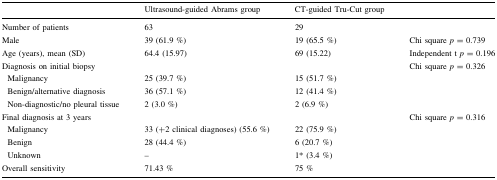
<table><thead><tr><td></td><td><b>Ultrasound-guided Abrams group</b></td><td><b>CT-guided Tru-Cut group</b></td><td></td></tr></thead><tbody><tr><td>Number of patients</td><td>63</td><td>29</td><td></td></tr><tr><td>Male</td><td>39 (61.9 %)</td><td>19 (65.5 %)</td><td>Chi square <i>p</i> = 0.739</td></tr><tr><td>Age (years), mean (SD)</td><td>64.4 (15.97)</td><td>69 (15.22)</td><td>Independent t <i>p</i> = 0.196</td></tr><tr><td colspan="3">Diagnosis on initial biopsy</td><td rowspan="4">Chi square <i>p</i> = 0.326</td></tr><tr><td> Malignancy</td><td>25 (39.7 %)</td><td>15 (51.7 %)</td></tr><tr><td> Benign/alternative diagnosis</td><td>36 (57.1 %)</td><td>12 (41.4 %)</td></tr><tr><td> Non-diagnostic/no pleural tissue</td><td>2 (3.0 %)</td><td>2 (6.9 %)</td></tr><tr><td colspan="3">Final diagnosis at 3 years</td><td rowspan="4">Chi square <i>p</i> = 0.316</td></tr><tr><td> Malignancy</td><td>33 (+2 clinical diagnoses) (55.6 %)</td><td>22 (75.9 %)</td></tr><tr><td> Benign</td><td>28 (44.4 %)</td><td>6 (20.7 %)</td></tr><tr><td> Unknown</td><td>–</td><td>1* (3.4 %)</td></tr><tr><td>Overall sensitivity</td><td>71.43 %</td><td>75 %</td><td></td></tr></tbody></table>